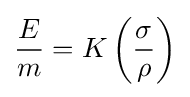
{\frac {E}{m}}=K\left({\frac {\sigma }{\rho }}\right)